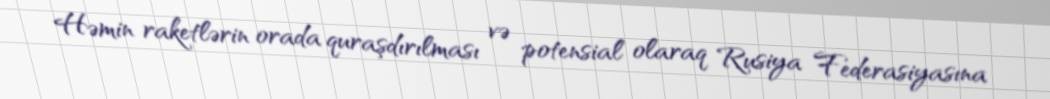
Həmin raketlərin orada quraşdırılması və potensial olaraq Rusiya Federasiyasına